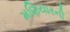
મણિયારની